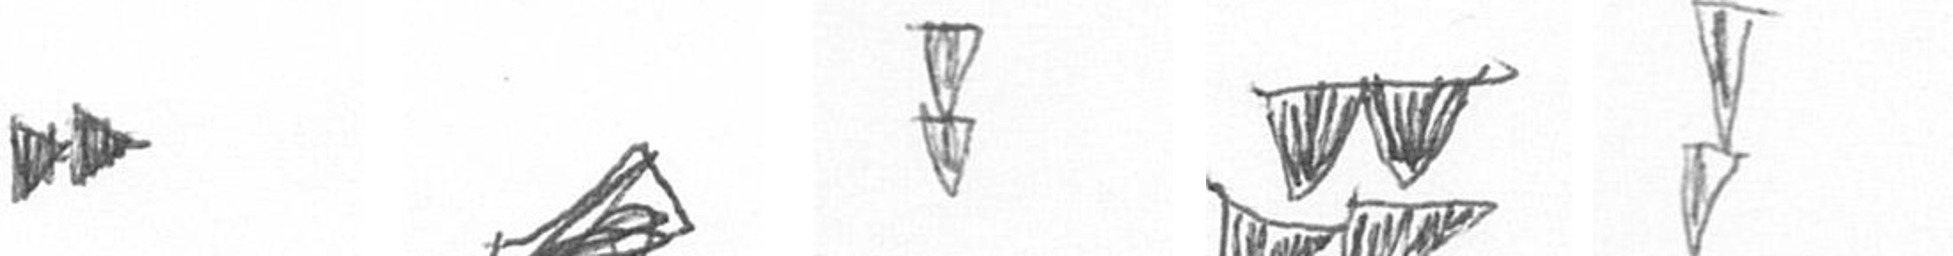
A O Z B Z